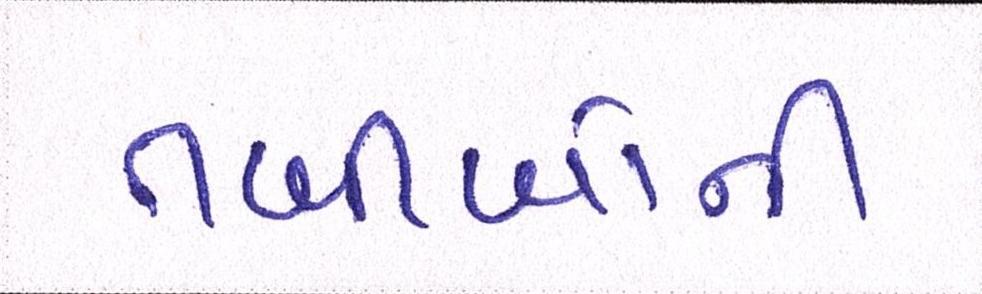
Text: તબીબોની